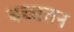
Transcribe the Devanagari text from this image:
बच्चतन